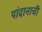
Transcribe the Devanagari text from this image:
पांदानाची